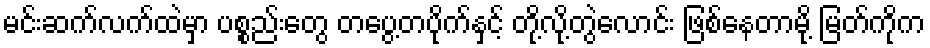
မင်းဆက်လက်ထဲမှာ ပစ္စည်းတွေ တပွေ့တပိုက်နှင့် တို့လို့တွဲလောင်း ဖြစ်နေတာမို့ မြတ်ကိုက